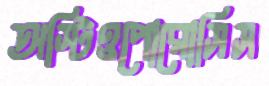
অস্টিওপোরোসিস